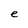
Character: e